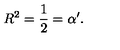
R ^ { 2 } = \frac { 1 } { 2 } = \alpha ^ { \prime } .